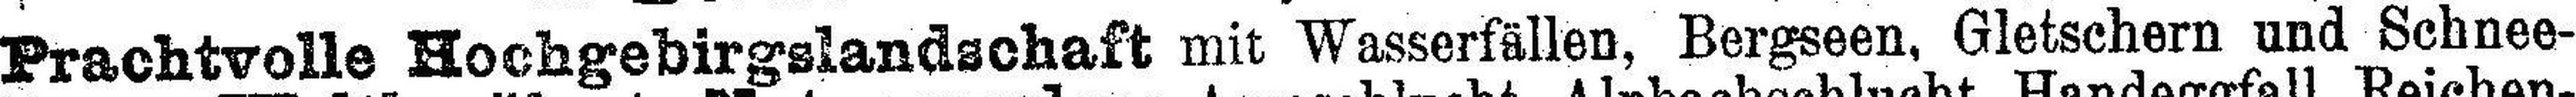
Prachtvolle Hochgebirgslandschaft mit Wasserfällen, Bergseen, Gletschern und Schnee¬